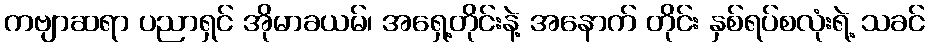
ကဗျာဆရာ ပညာရှင် အိုမာခယမ်၊ အရှေ့တိုင်းနဲ့ အနောက် တိုင်း နှစ်ရပ်စလုံးရဲ့ သခင်